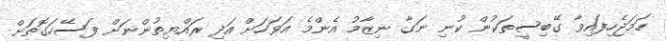
ހަމަޖެހިފައިވާ ގޭބިސީތަކުން ކުނި ނަގާ ނިޒާމު އެންމެ އަވަހަށް އަދި ރައްޔިތުންނަށް ފަސޭހަގޮތަށް